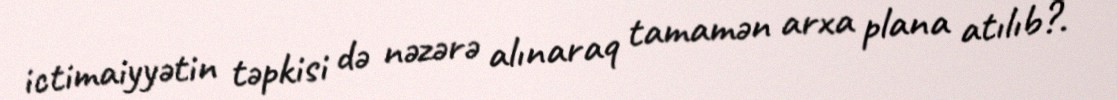
ictimaiyyətin təpkisi də nəzərə alınaraq tamamən arxa plana atılıb?.